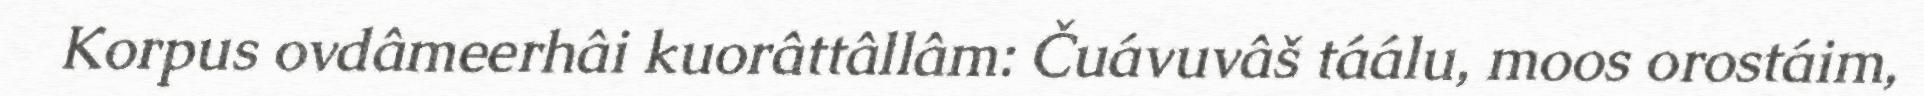
Korpus ovdâmeerhâi kuorâttâllâm: Čuávuvâš táálu, moos orostáim,